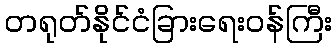
တရုတ်နိုင်ငံခြားရေးဝန်ကြီး